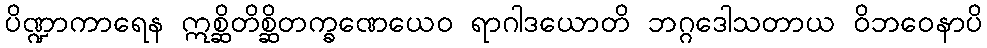
ပိဏ္ဍာကာရေန ဣစ္ဆိတိစ္ဆိတက္ခဏေယေဝ ရာဂါဒယောတိ ဘဂ္ဂဒေါသတာယ ဝိဘဝေနာပိ